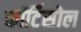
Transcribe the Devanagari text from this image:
कॉर्टिसोल